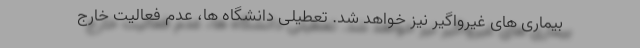
بیماری های غیرواگیر نیز خواهد شد. تعطیلی دانشگاه ها، عدم فعالیت خارج